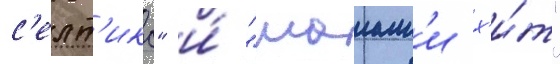
с'елт'икс" и́ "маиам'и х'и́т"